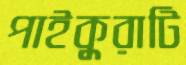
পাইকুরাটি